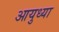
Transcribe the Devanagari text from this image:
आयुध्या